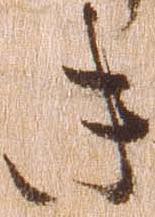
き